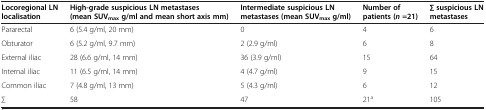
<table><thead><tr><td><b>Locoregional LN localisation</b></td><td><b>High-grade suspicious LN metastases (mean SUV<sub>max</sub>g/ml and mean short axis mm)</b></td><td><b>Intermediate suspicious LN metastases (mean SUV<sub>max</sub>g/ml)</b></td><td><b>Number of patients (<i>n</i>=21)</b></td><td><b>∑ suspicious LN metastases</b></td></tr></thead><tbody><tr><td>Pararectal</td><td>6 (5.4 g/ml, 20 mm)</td><td>0</td><td>4</td><td>6</td></tr><tr><td>Obturator</td><td>6 (5.2 g/ml, 9.7 mm)</td><td>2 (2.9 g/ml)</td><td>6</td><td>8</td></tr><tr><td>External iliac</td><td>28 (6.6 g/ml, 14 mm)</td><td>36 (3.9 g/ml)</td><td>15</td><td>64</td></tr><tr><td>Internal iliac</td><td>11 (6.5 g/ml, 14 mm)</td><td>4 (4.7 g/ml)</td><td>9</td><td>15</td></tr><tr><td>Common iliac</td><td>7 (4.8 g/ml, 13 mm)</td><td>5 (4.3 g/ml)</td><td>6</td><td>12</td></tr><tr><td>∑</td><td>58</td><td>47</td><td>21<sup>a</sup></td><td>105</td></tr></tbody></table>